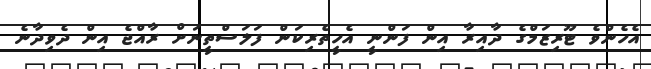
އެހެންވެ ޓޫރިޒަމްގެ ދާއިރާ އިން ފަންނީ އެހީތެރިކަން ފަލަސްތީނަށް ރާއްޖެ އިން ދެވިދާނެ